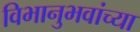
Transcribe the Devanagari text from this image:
विभानुभवांच्या